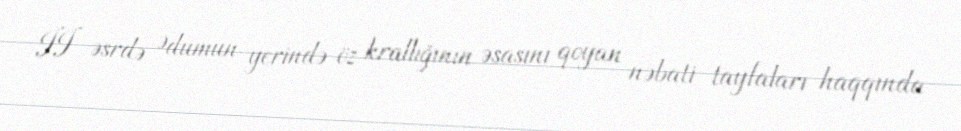
II əsrdə Ədumun yerində öz krallığının əsasını qoyan nəbati tayfaları haqqında